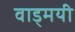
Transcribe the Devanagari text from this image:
वाड्मयी